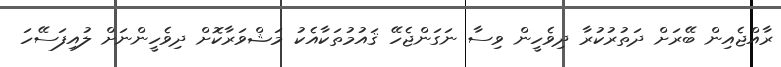
ރާއްޖެއިން ބޭރަށް ދަތުރުކުރާ ދިވެހީން ވިސާ ނަގަންޖެހޭ ޤައުމުތަކާއެކު މަޝްވަރާކޮށް ދިވެހީންނަށް ލުއިފަސޭހަ